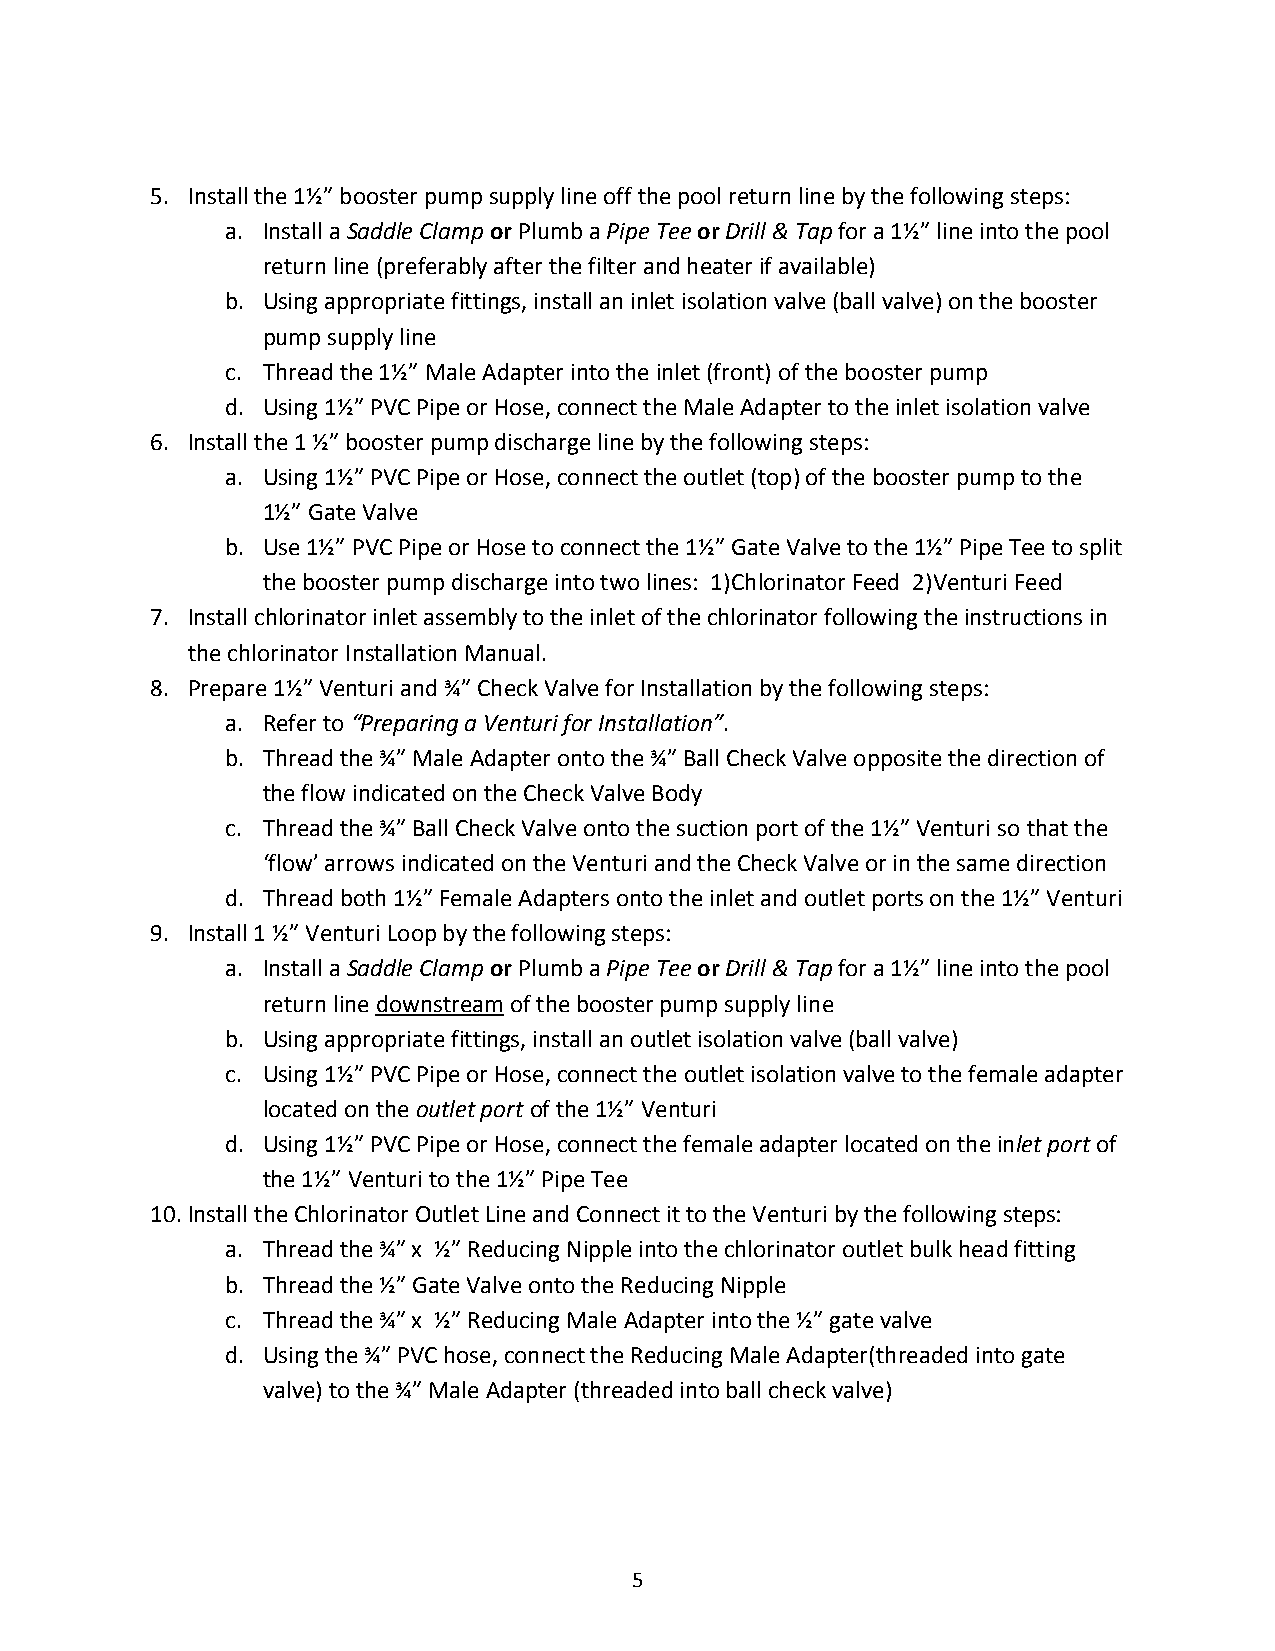
5. Install the 1½” booster pump supply line off the pool return line by the following steps:
 a. Install a Saddle Clamp or Plumb a Pipe Tee or Drill & Tap for a 1½” line into the pool
 return line (preferably after the filter and heater if available)
 b. Using appropriate fittings, install an inlet isolation valve (ball valve) on the booster
 pump supply line
 c. Thread the 1½” Male Adapter into the inlet (front) of the booster pump
 d. Using 1½” PVC Pipe or Hose, connect the Male Adapter to the inlet isolation valve
 6. Install the 1 ½” booster pump discharge line by the following steps:
 a. Using 1½” PVC Pipe or Hose, connect the outlet (top) of the booster pump to the
 1½” Gate Valve
 b. Use 1½” PVC Pipe or Hose to connect the 1½” Gate Valve to the 1½” Pipe Tee to split
 the booster pump discharge into two lines: 1)Chlorinator Feed 2)Venturi Feed
 7. Install chlorinator inlet assembly to the inlet of the chlorinator following the instructions in
 the chlorinator Installation Manual.
 8. Prepare 1½” Venturi and ¾” Check Valve for Installation by the following steps:
 a. Refer to “Preparing a Venturi for Installation”.
 b. Thread the ¾” Male Adapter onto the ¾” Ball Check Valve opposite the direction of
 the flow indicated on the Check Valve Body
 c. Thread the ¾” Ball Check Valve onto the suction port of the 1½” Venturi so that the
 ‘flow’ arrows indicated on the Venturi and the Check Valve or in the same direction
 d. Thread both 1½” Female Adapters onto the inlet and outlet ports on the 1½” Venturi
 9. Install 1 ½” Venturi Loop by the following steps:
 a. Install a Saddle Clamp or Plumb a Pipe Tee or Drill & Tap for a 1½” line into the pool
 return line downstream of the booster pump supply line
 b. Using appropriate fittings, install an outlet isolation valve (ball valve)
 c. Using 1½” PVC Pipe or Hose, connect the outlet isolation valve to the female adapter
 located on the outlet port of the 1½” Venturi
 d. Using 1½” PVC Pipe or Hose, connect the female adapter located on the inlet port of
 the 1½” Venturi to the 1½” Pipe Tee
 10. Install the Chlorinator Outlet Line and Connect it to the Venturi by the following steps:
 a. Thread the ¾” x ½” Reducing Nipple into the chlorinator outlet bulk head fitting
 b. Thread the ½” Gate Valve onto the Reducing Nipple
 c. Thread the ¾” x ½” Reducing Male Adapter into the ½” gate valve
 d. Using the ¾” PVC hose, connect the Reducing Male Adapter(threaded into gate
 valve) to the ¾” Male Adapter (threaded into ball check valve)
 5